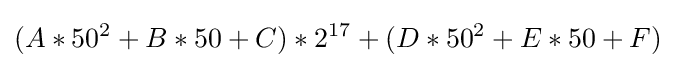
(A*50^{2}+B*50+C)*2^{17}+(D*50^{2}+E*50+F)